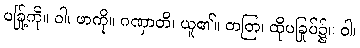
ပခြု့်ကို။ ဝါ၊ ဖာကို။ ဂဏှာတိ၊ ယူ၏။ တတြ၊ ထိုပခြုပ်၌။ ဝါ၊